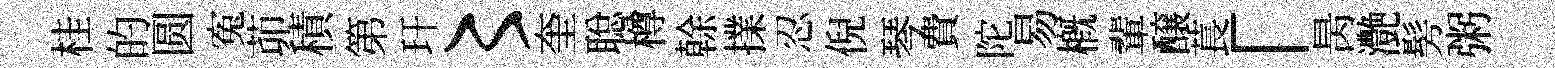
桂的圆寃茆積第玕〻奎聪樽𠏉擈忍倪琴費陀易槪輩醸萇「昺灔髣粥